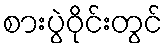
စားပွဲဝိုင်းတွင်